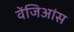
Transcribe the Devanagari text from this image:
वेंजिआंस